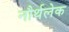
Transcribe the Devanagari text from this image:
नौर्थलेक